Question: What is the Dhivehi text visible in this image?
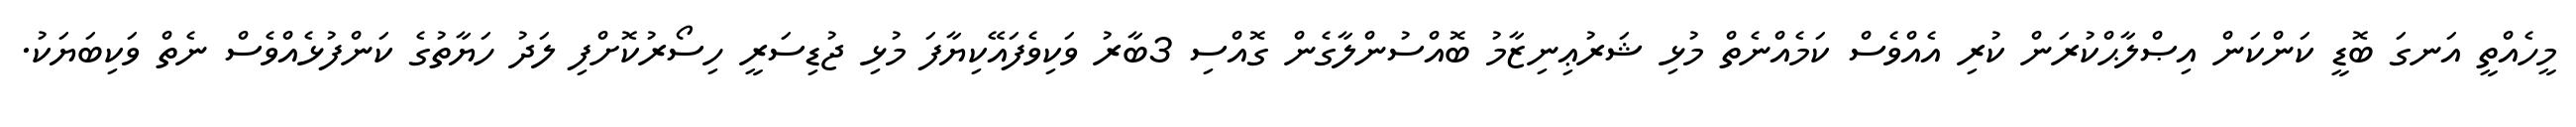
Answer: މީހެއްތީ އަނގަ ބޮޑީ ކަންކަން އިޞްލާޙްކުރަން ކުރި އެއްވެސް ކަމެއްނެތް މުޅި ޝަރުޢިނިޒާމު ބޮއްސުންލާގެން ގޮއްސި 3ބާރު ވަކިވެފައޭކިޔާފަ މުޅި ޖުޑިސަރީ ހިސޯރުކޮށްފި ލަދު ހަޔާތުގެ ކަންފުޅެއްވެސް ނެތް ވަކިބަޔަކު.